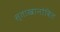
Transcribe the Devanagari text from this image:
स्ताखानोवित